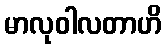
မာလုဝါလတာဟိ